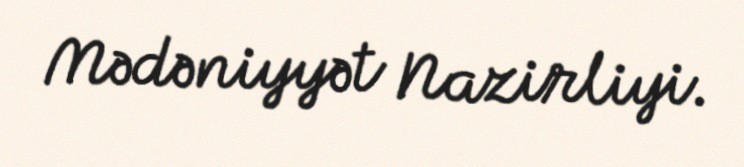
Mədəniyyət Nazirliyi.